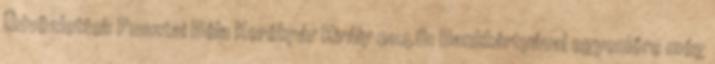
Üdvözlettel: Pusztai Béla Kerékpár Király 21:48: Bankkártyával egyenlőre még